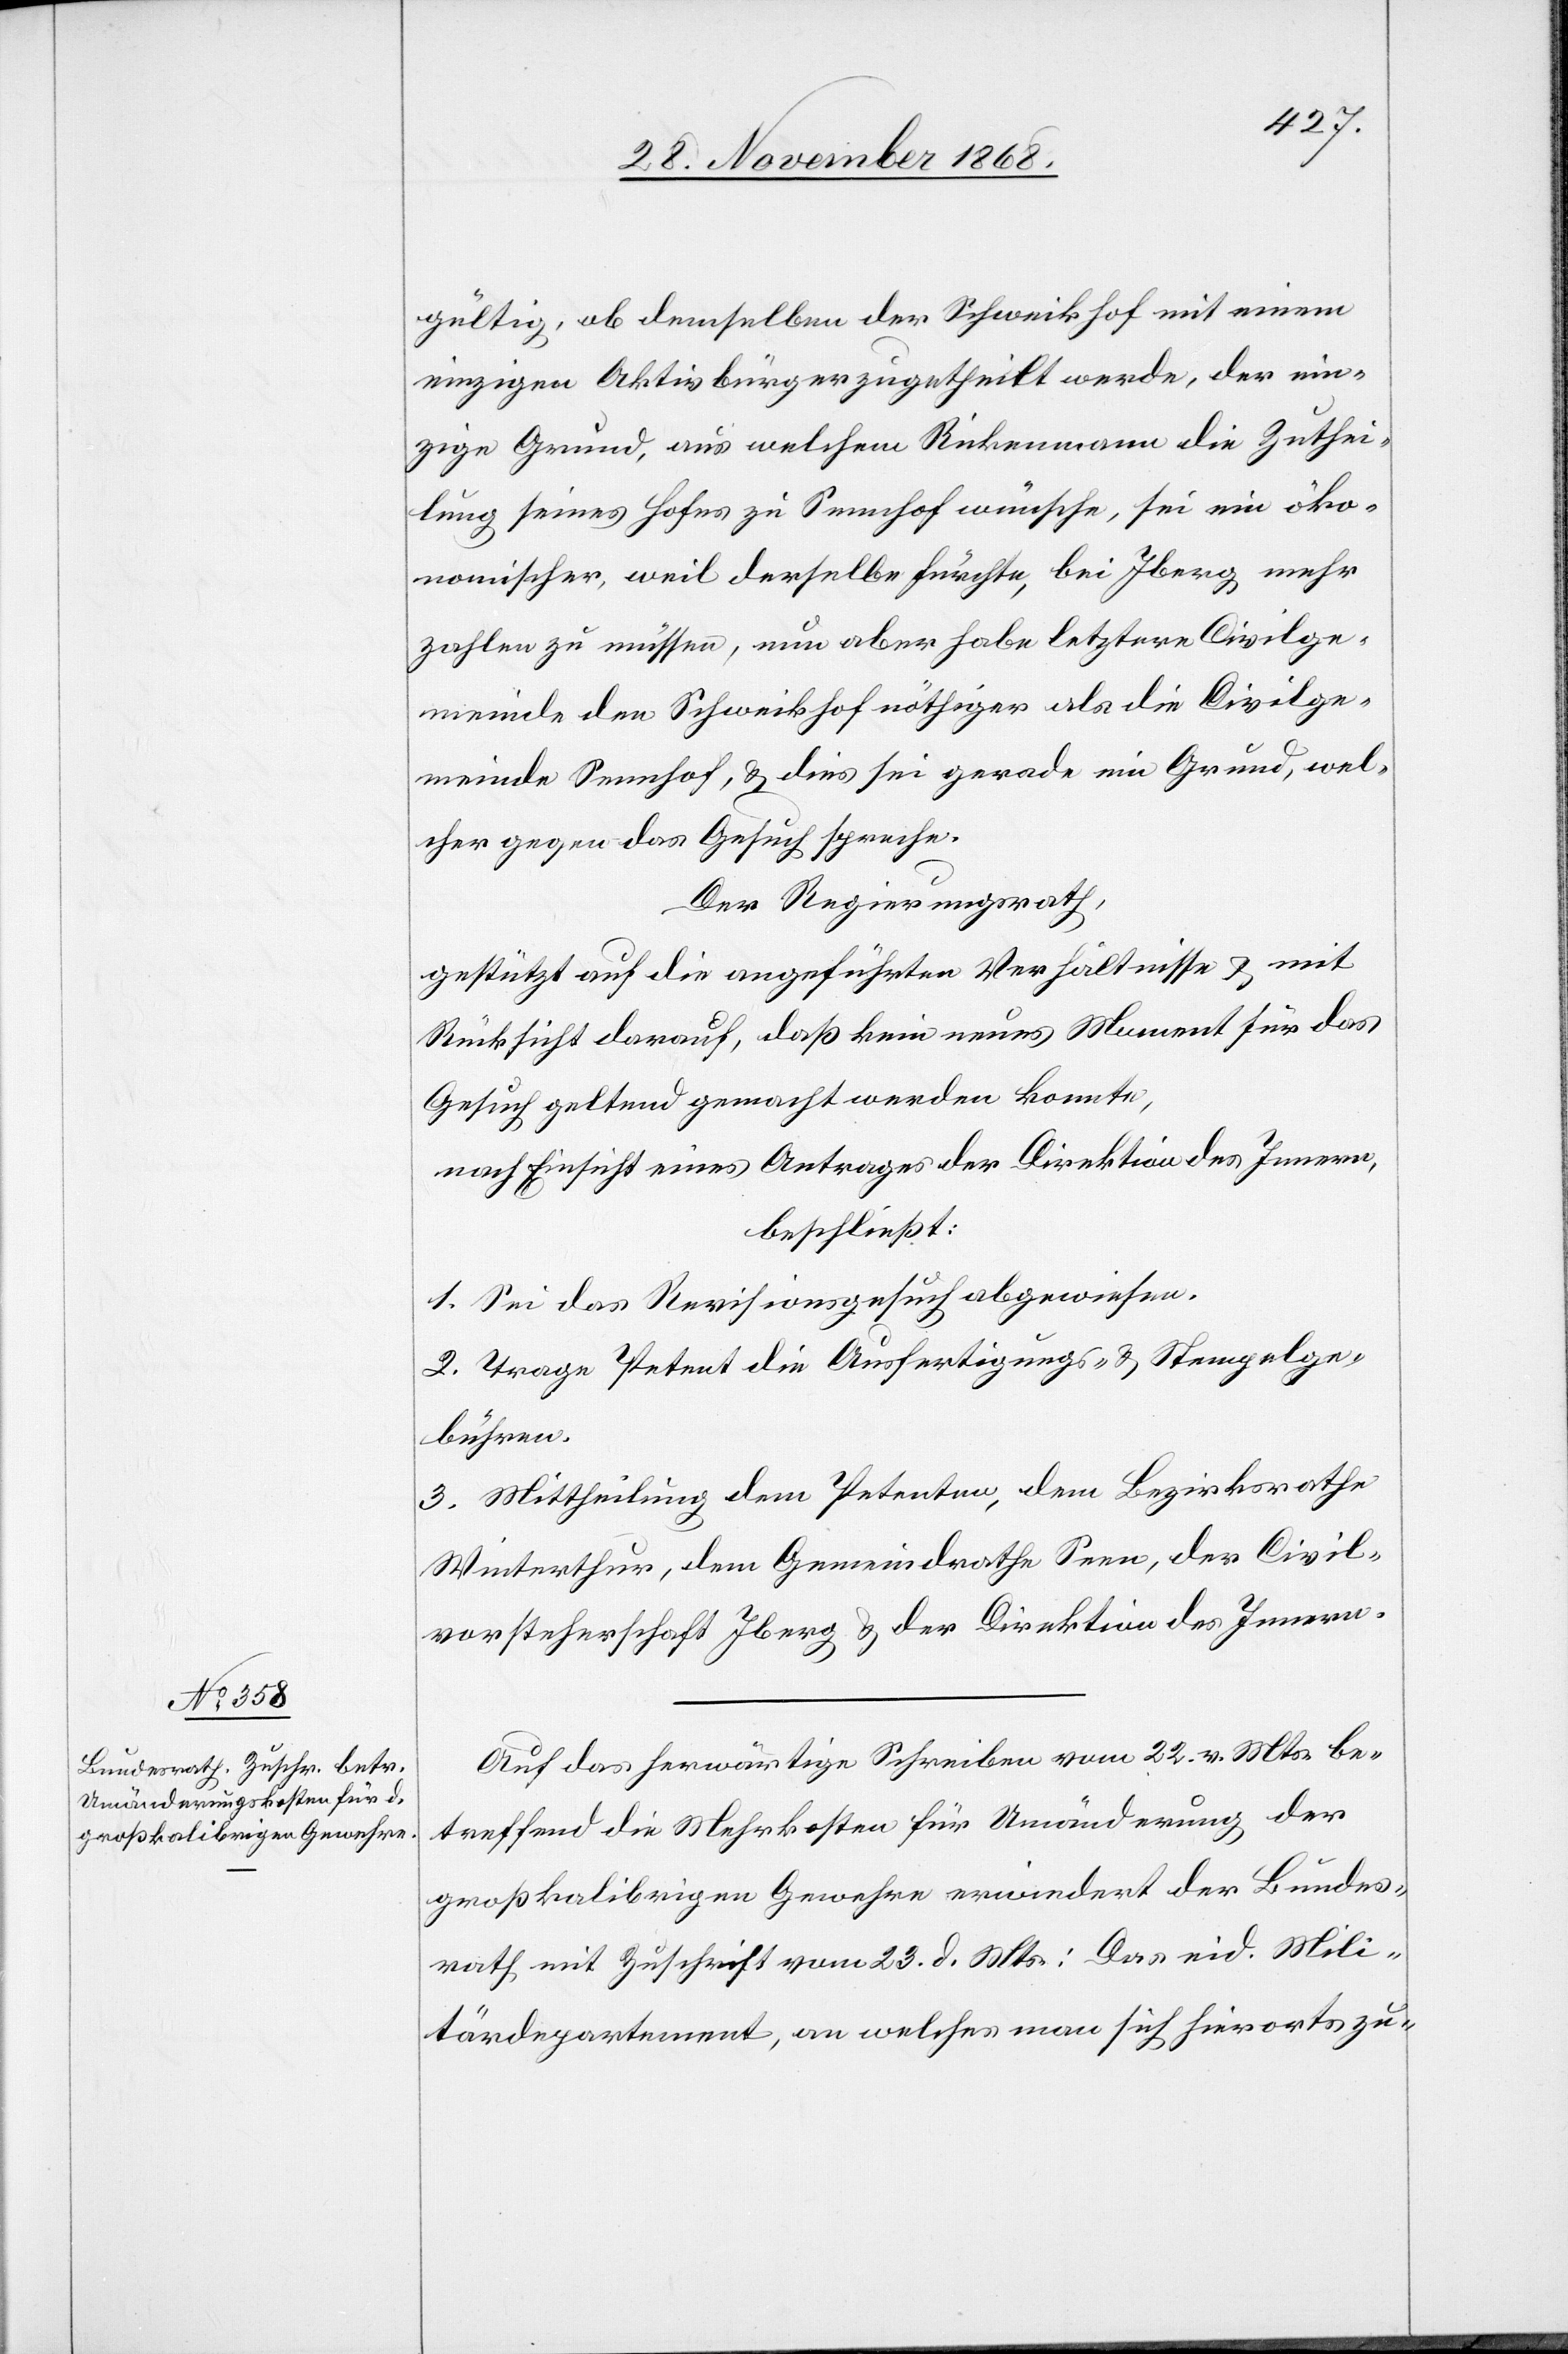
gültig, ob demselben der Schweikhof mit einem
einzigen Aktivbürger zugetheilt werde, der ein¬
zige Grund, aus welchem Rickenmann die Zuthei¬
lung seines Hofes zu Sennhof wünsche, sei ein öko¬
nomischer, weil derselbe fürchte, bei Iberg mehr
zahlen zu müssen, nun aber habe letztere Civilge¬
meinde den Schweikhof nöthiger als die Civilge¬
meinde Sennhof, & dies sei gerade ein Grund, wel¬
cher gegen das Gesuch spreche.
Der Regierungsrath,
gestützt auf die angeführten Verhältnisse & mit
Rücksicht darauf, daß kein neues Moment für das
Gesuch geltend gemacht werden konnte,
nach Einsicht eines Antrages der Direktion des Innern,
beschließt:
1. Sei das Revisionsgesuch abgewiesen.
2. Trage Petent die Ausfertigungs- & Stempelge¬
bühren.
3. Mittheilung dem Petenten, dem Bezirksrathe
Winterthur, dem Gemeindrathe Seen, der Civil¬
vorsteherschaft Iberg & der Direktion des Innern.
Auf das herwärtige Schreiben vom 22. v. Mts. be¬
treffend die Mehrkosten für Umänderung der
großkalibrigen Gewehre erwiedert der Bundes¬
rath mit Zuschrift vom 23. d. Mts.: Das eid. Mili¬
tärdepartement, an welches man sich hierorts zu-